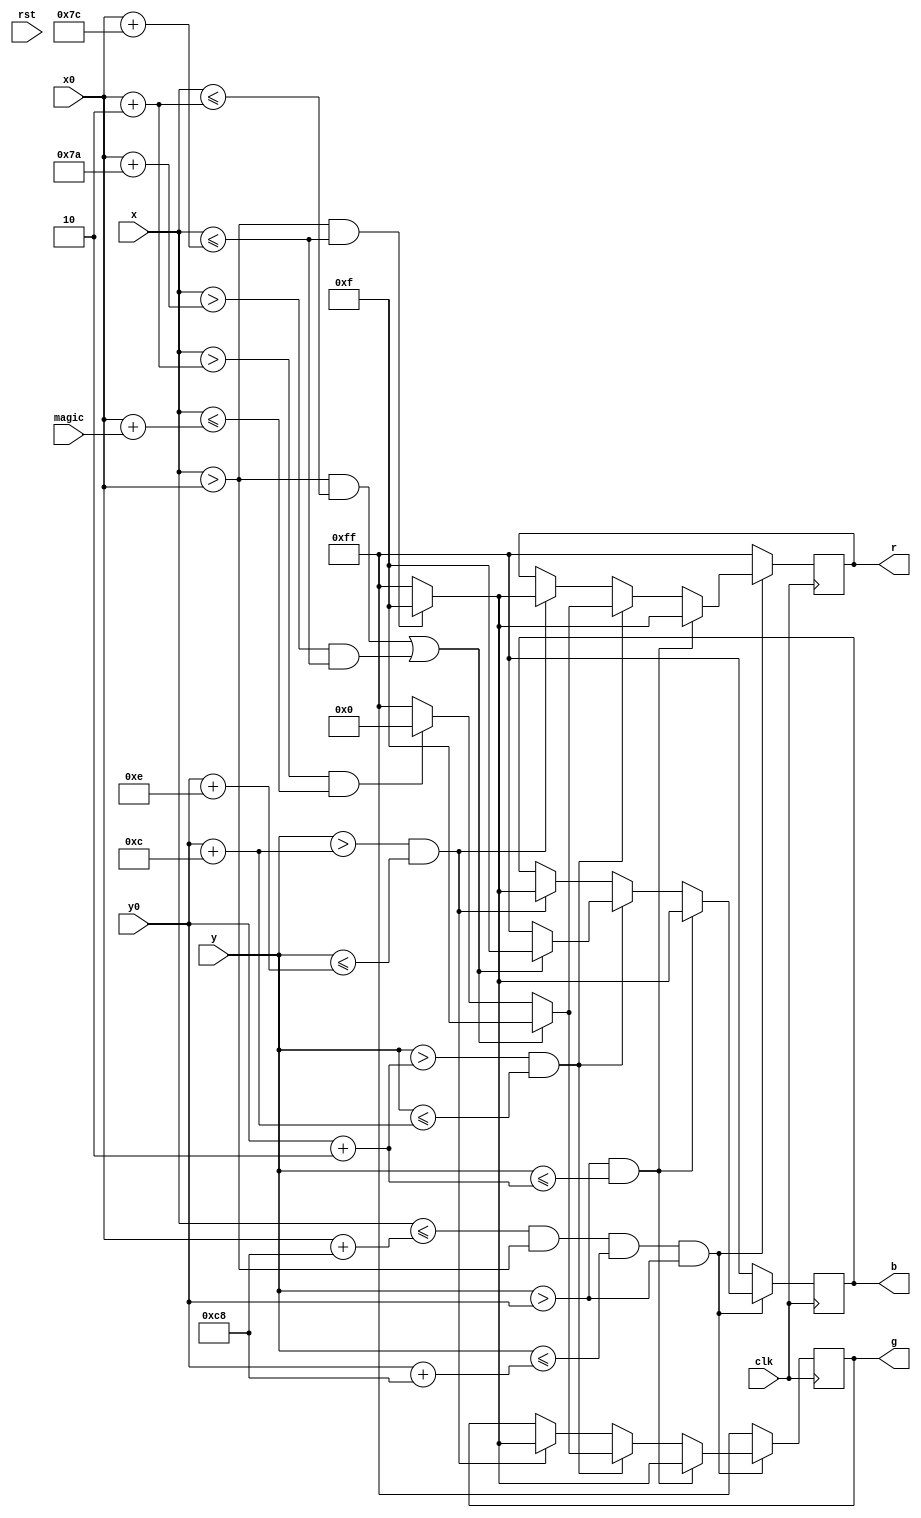
module mp(clk, rst, x, y, r, g, b, x0, y0, magic);
	input clk, rst;
	input [9:0] x, x0;
	input [8:0] y, y0;
	input [9:0] magic;
	output reg [7:0] r, g, b;
	
	
	//124*14 pixel
	//2 pixel outer bound
	//magic: 120 * 10 pixel
	
	always @(posedge clk) begin
		if(x <= x0 + 10'b0011001000 & x > x0 & y <= y0 + 9'b011001000 & y > y0) begin
			if(y > y0 & y <= y0 + 2) begin
				if((x > x0 & x <= x0 + 124)) begin
					r <= 8'b00001111;
					g <= 8'b00001111;
					b <= 8'b00001111;
				end else begin 
					r <= 8'b11111111;
					g <= 8'b11111111;
					b <= 8'b11111111;
				end
			end else if(y > y0 + 2 & y <= y0 + 12) begin
				if((x > x0 & x <= x0 + 2) | (x > x0 + 122 & x <= x0 + 124)) begin
					r <= 8'b00001111;
					g <= 8'b00001111;
					b <= 8'b00001111;
				end else if (x > x0 + 2 & x <= x0 + magic) begin
					r <= 8'b00000000;
					g <= 8'b00000000;
					b <= 8'b11111111;
				end else begin			
					r <= 8'b11111111;
					g <= 8'b11111111;
					b <= 8'b11111111;
				end
			end else if(y > y0 + 12 & y <= y0 + 14) begin
				if((x > x0 & x <= x0 + 124)) begin
					r <= 8'b00001111;
					g <= 8'b00001111;
					b <= 8'b00001111;
				end else begin 
					r <= 8'b11111111;
					g <= 8'b11111111;
					b <= 8'b11111111;
				end
			end	
		end else begin 
			r <= 8'b11111111;
			g <= 8'b11111111;
			b <= 8'b11111111;
		end
	end 

endmodule